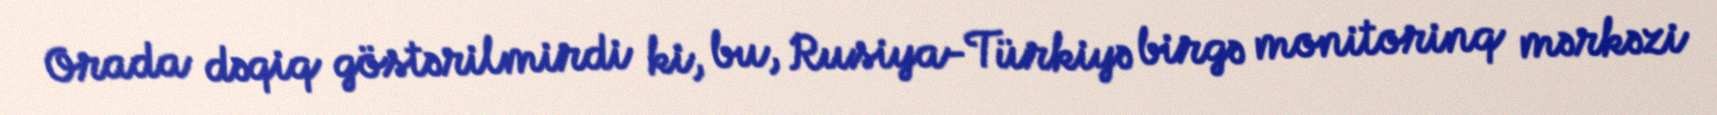
Orada dəqiq göstərilmirdi ki, bu, Rusiya-Türkiyə birgə monitorinq mərkəzi